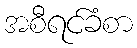
အစီရင်ခံစာ